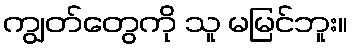
ကျွတ်တွေကို သူ မမြင်ဘူး။